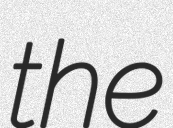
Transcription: the